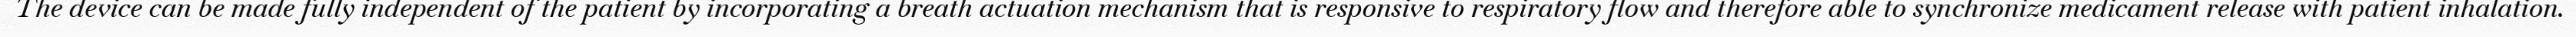
The device can be made fully independent of the patient by incorporating a breath actuation mechanism that is responsive to respiratory flow and therefore able to synchronize medicament release with patient inhalation.